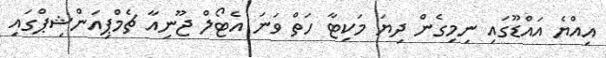
އިއްޔެ އައްޑޫގައި ނިމިގެން ދިޔަ މަކިޓާ ހަތް ވަނަ އެޓޯލް ޖޫނިއާ ޗެމްޕިއަންޝިޕްގައި